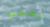
نضجت